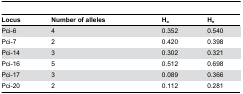
<table><thead><tr><td><b>Locus</b></td><td><b>Number of alleles</b></td><td><b>H<sub>o</sub></b></td><td><b>H<sub>e</sub></b></td></tr></thead><tbody><tr><td>Pci-6</td><td>4</td><td>0.352</td><td>0.540</td></tr><tr><td>Pci-7</td><td>2</td><td>0.420</td><td>0.398</td></tr><tr><td>Pci-14</td><td>3</td><td>0.302</td><td>0.321</td></tr><tr><td>Pci-16</td><td>5</td><td>0.512</td><td>0.698</td></tr><tr><td>Pci-17</td><td>3</td><td>0.089</td><td>0.366</td></tr><tr><td>Pci-20</td><td>2</td><td>0.112</td><td>0.281</td></tr></tbody></table>